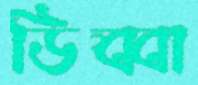
ডিব্বা